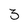
Character: 3